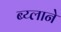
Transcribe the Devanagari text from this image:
ब्य्लाने